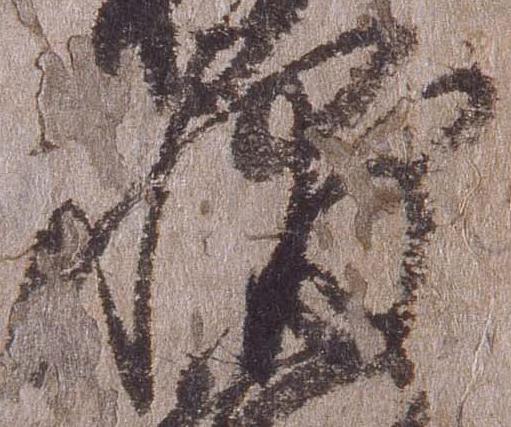
輔